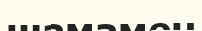
шамамен